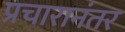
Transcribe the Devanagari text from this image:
प्रचारानंतर